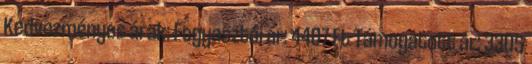
Kedvezményes árak: Fogyasztói ár: 4407 Ft Támogatott ár: 3305